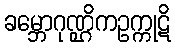
ခမ္ဘောဂုဏ္ဌိကဥက္ကုဋိ